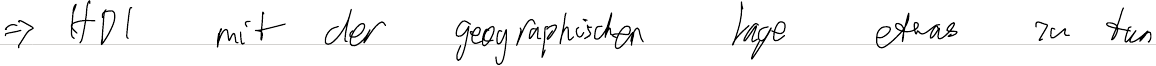
=> HDI mit der geographischen Lage etwas zu tun